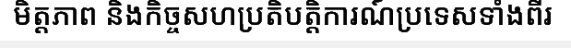
មិត្តភាព និងកិច្ចសហប្រតិបត្តិការណ៍ប្រទេសទាំងពីរ